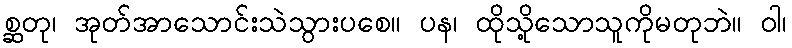
စ္ဆတု၊ အုတ်အာသောင်းသဲသွားပစေ။ ပန၊ ထိုသို့သောသူကိုမတုဘဲ။ ဝါ၊